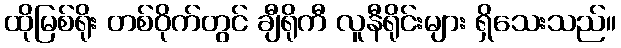
ထိုမြစ်ရိုး တစ်ဝိုက်တွင် ချီရိုကီ လူနီရိုင်းများ ရှိသေးသည်။